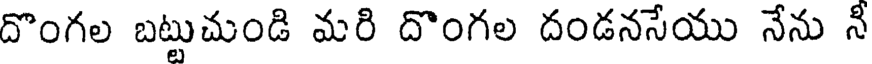
దొంగల బట్టుచుండి మరి దొంగల దండనసేయు నేను నీ